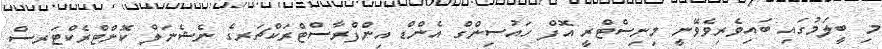
މި ބީލަމުގައި ބައިވެރިވެވޭނީ މިނިސްޓްރީ އޮފް ހައުސިންގް އެންޑް އިންފްރާސްޓްރަކްޗަރގެ ނެޝެނަލް ކޮންޓްރެކްޓަރސް